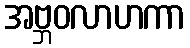
အဗ္ဘဝလာဟကာ